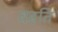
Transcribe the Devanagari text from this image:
वहति